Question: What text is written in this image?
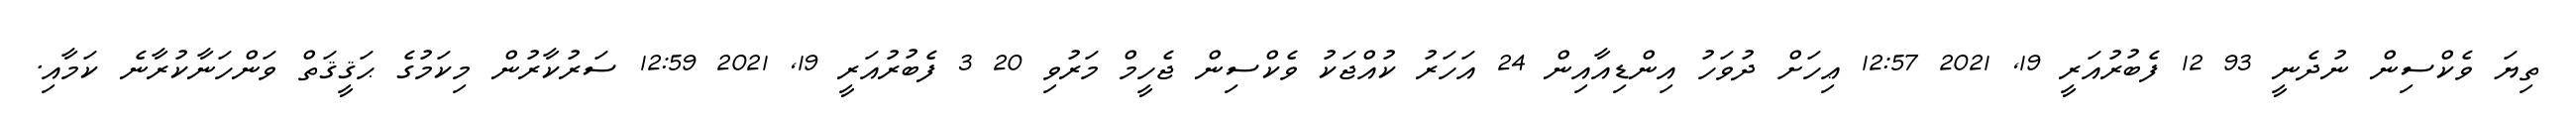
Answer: ތިޔަ ވެކްސިން ނުދެނީ 93 12 ފެބުރުއަރީ 19, 2021 12:57 ޢިހަށް ދުވަހު އިންޑިއާއިން 24 އަހަރު ކުއްޖަކު ވެކްސިން ޖެހީމް މަރުވި 20 3 ފެބުރުއަރީ 19, 2021 12:59 ސަރުކާރުން މިކަމުގެ ޙަޤީޤަތް ވަންހަނާކުރާނެ ކަމާއި.